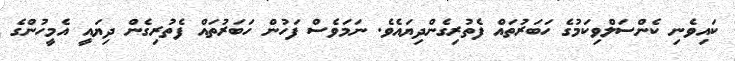
ކައިވެނި ކެންސަލްވިކަމުގެ ހަބަރުތައް ފެތުރިގެންދިޔައެވެ. ނަމަވެސް ފަހުން ހަބަރުތައް ފެތުރިގެން ދިޔައީ އެމީހުންގެ